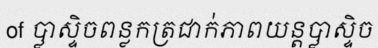
of ប្លាស្ទិចពន្លកត្រជាក់ភាពយន្តប្លាស្ទិច